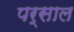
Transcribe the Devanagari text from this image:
पर्साल